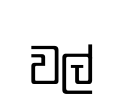
වල්